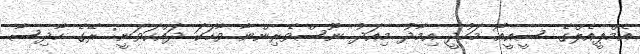
އެމްޕީއެލްގެ ސީއީއޯ މަހުދީ އިމާދު މިއަދު ނޫސްވެރިންނާ ވާހަކަ ދައްކަވަނީ: ރޭގެ ހާދިސާ